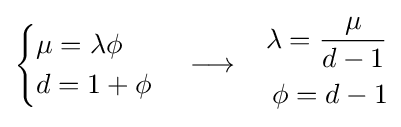
{\begin{cases}\mu =\lambda \phi \\d=1+\phi \end{cases}}\longrightarrow \quad \!{\begin{aligned}\lambda ={\frac {\mu }{d-1}}\\\phi =d-1\end{aligned}}